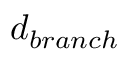
d _ { b r a n c h }